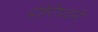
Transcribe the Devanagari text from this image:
बहिरीभवानी